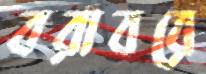
বরাবরে